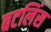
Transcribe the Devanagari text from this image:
बटलिंस